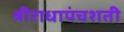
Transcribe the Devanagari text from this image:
श्रीराधापंचशती